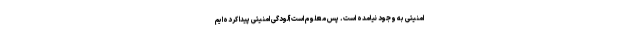
امنیتی به وجود نیامده است. پس معلوم است آلودگی امنیتی پیدا کرده‌ایم